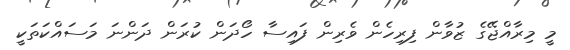
މީ މިރާއްޖޭގެ ޒުވާން ފިރިހެން ވެރިން ފައިސާ ހޯދަން ކުރަން ދަންނަ މަސައްކަތަކީ